Civil Veterinary Department Bihar & Orissa reports 1929-36 - 1929-1936
Year: 1929
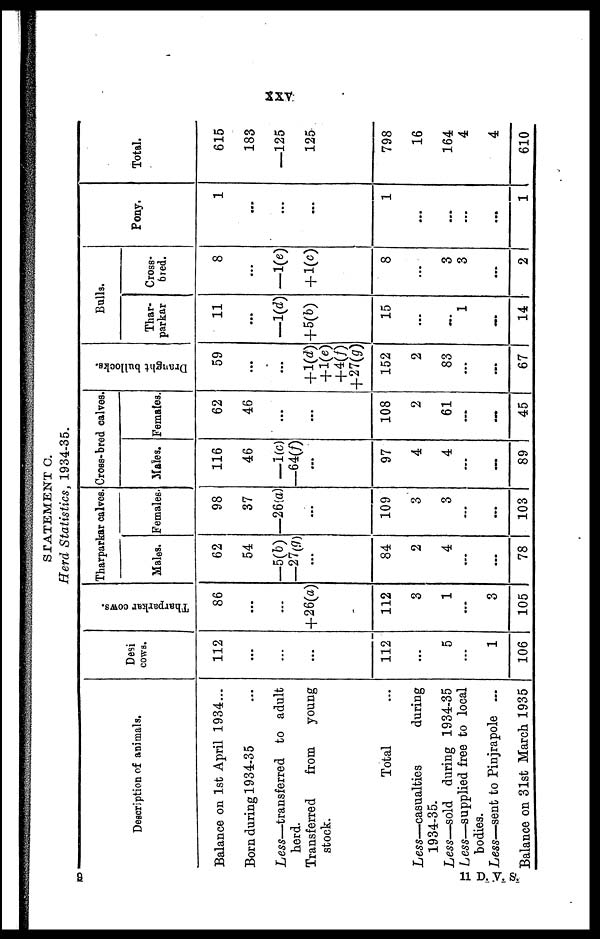
XXV
STATEMENT C.
Herd Statistics, 1934-35.
Description of animals.
Balance on 1st April 1934...
Born during 1934-35 ...
Less—transferred to adult
herd.
Transferred
from
young
stock.
Total ...
Less—casualties
during
1934-35.
Less—sold during 1934-35
Less—supplied free to local
bodies.
Less—sent to Pinjrapole ...
Balance on 31st March 1935
Desi
cows.
112
...
...
...
112
...
5
...
1
106
Tharparkar cows.
86
...
...
+26(a)
112
3
1
...
3
105
Tharparkar calves.
Males.
62
54
-5(b)
—27(g)
...
84
2
4
...
...
78
Females.
98
37
—26(a)
...
109
3
3
...
...
103
Cross-bred calves.
Males.
116
46
—1(c)
-64(f)
...
97
4
4
...
...
89
Females.
62
46
...
...
108
2
61
...
...
45
Draught bullocks.
59
...
...
+1(d)
+1(e)
+4(f)
+27(g)
152
2
83
...
...
67
Bulls.
Thar-
parkar
11
...
-1(d)
+5(b)
15
...
...
1
...
14
Cross-
bred.
8
...
-1(e)
+1(c)
8
...
3
3
...
2
Pony.
1
...
...
...
1
...
...
...
...
1
Total.
615
183
—125
125
798
16
164
4
4
610
9
11 D. V. S.